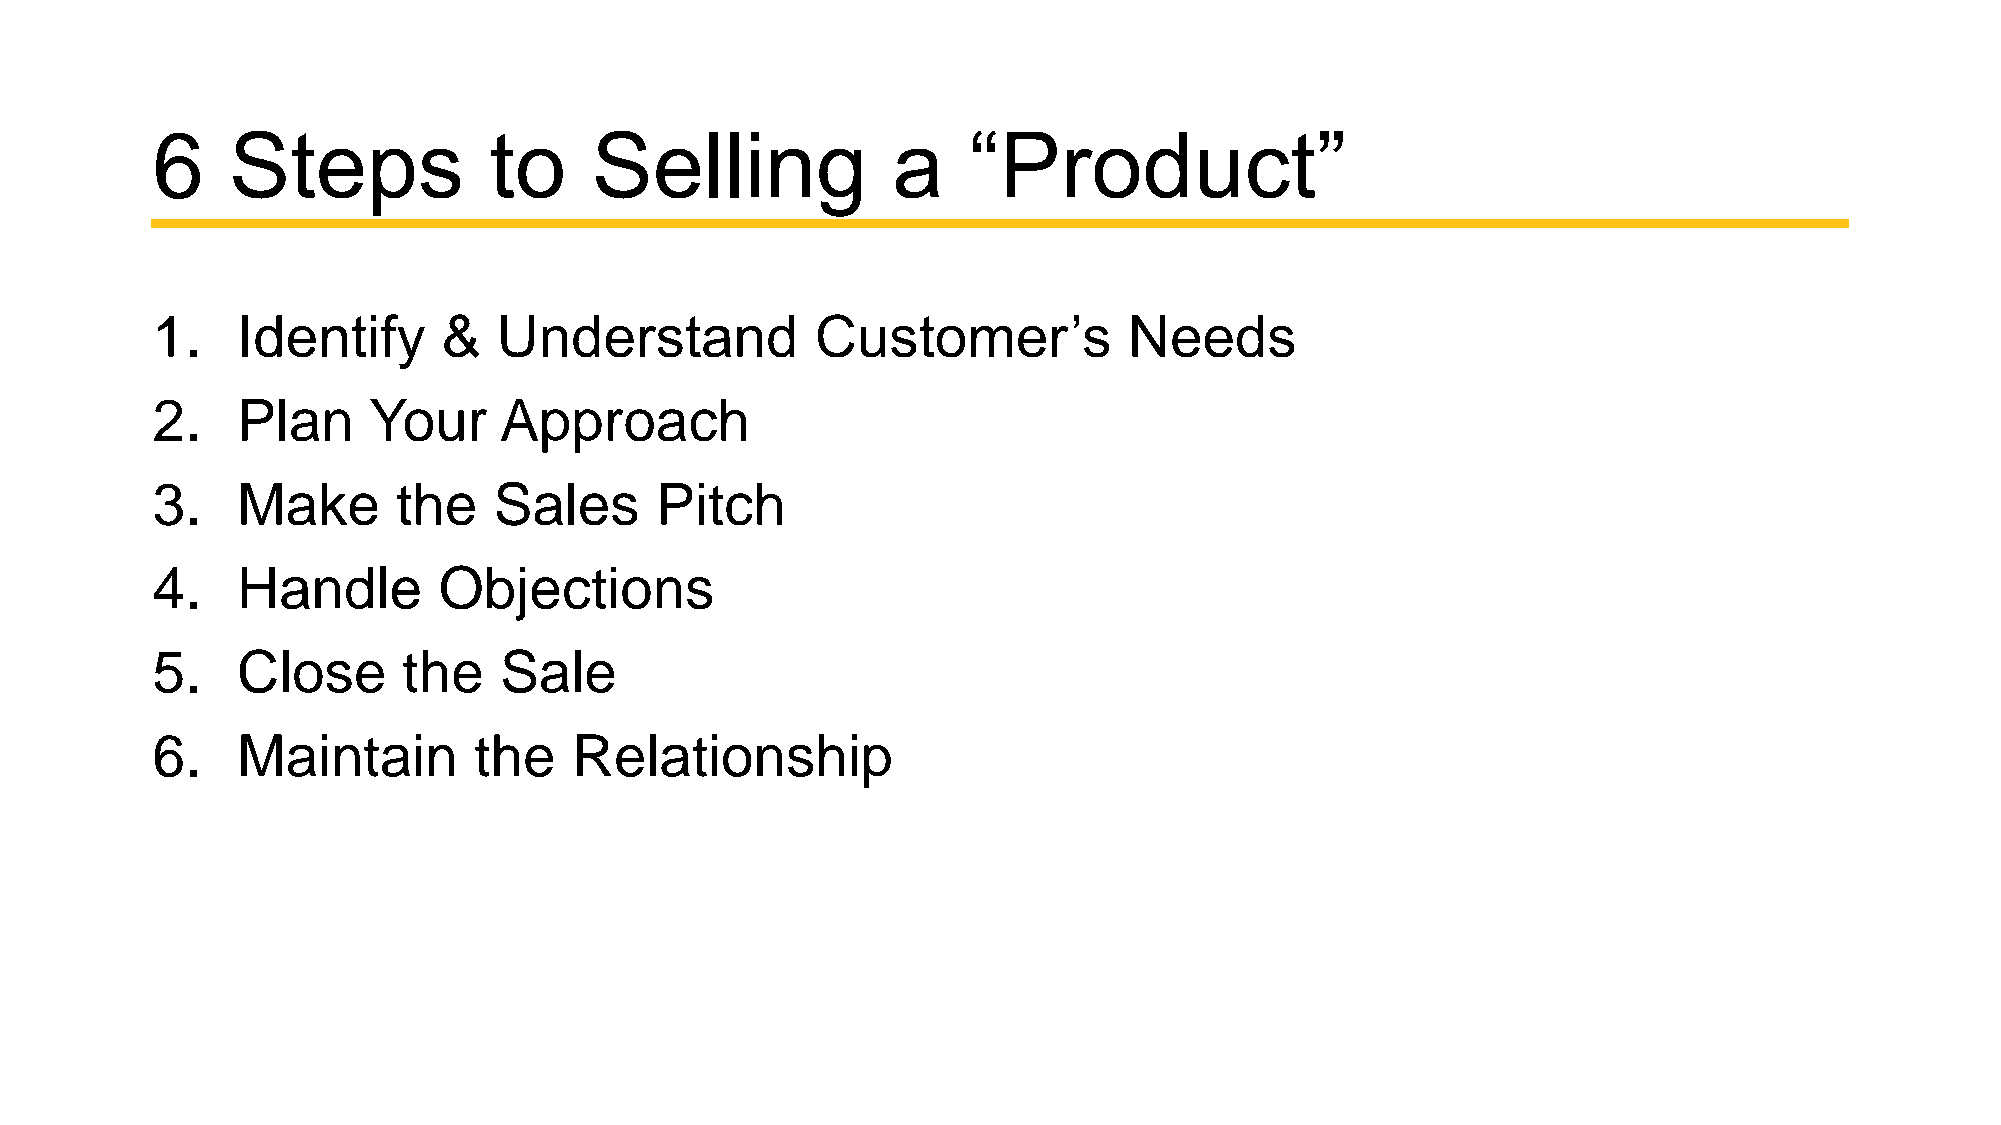
6    Steps            to     Selling             a    “Product”
 1.    Identify     &   Understand           Customer’s           Needs
 2.    Plan    Your     Approach
 3.    Make      the    Sales     Pitch
 4.    Handle       Objections
 5.    Close      the   Sale
 6.    Maintain       the    Relationship